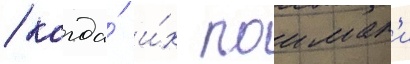
/ когда́ и́х поимал'и